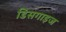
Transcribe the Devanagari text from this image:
डिसगाइज